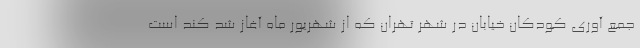
جمع آوری کودکان خیابان در شهر تهران که از شهریور ماه آغاز شد کند است